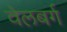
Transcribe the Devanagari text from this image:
वेलबर्ग